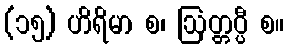
(၁၅) ဟိရိမာ စ၊ ဩတ္တပ္ပီ စ။